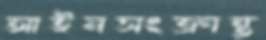
আইনসংক্রান্ত